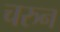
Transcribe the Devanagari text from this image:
चरुन